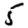
Digit: 5